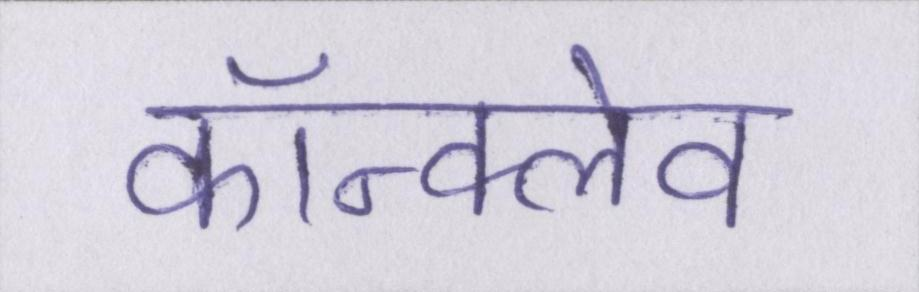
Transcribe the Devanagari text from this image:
कॉन्क्लेव